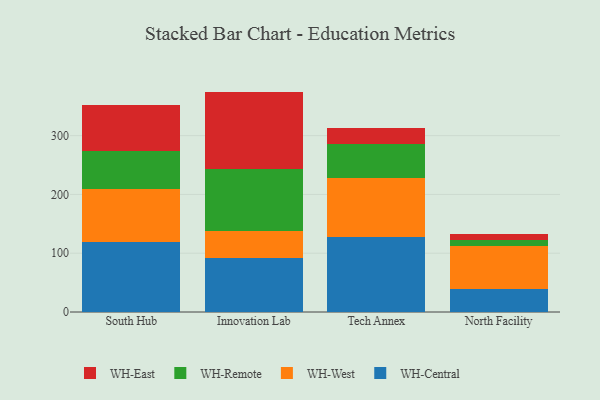
{"axis": {"x": "Campus", "y": "Conversion Rate (%)"}, "legend": ["WH-Central", "WH-East", "WH-Remote", "WH-West"], "data": [{"x": "South Hub", "y": 118.6, "type": "WH-Central"}, {"x": "South Hub", "y": 91.2, "type": "WH-West"}, {"x": "South Hub", "y": 63.8, "type": "WH-Remote"}, {"x": "South Hub", "y": 78.0, "type": "WH-East"}, {"x": "Innovation Lab", "y": 92.5, "type": "WH-Central"}, {"x": "Innovation Lab", "y": 45.2, "type": "WH-West"}, {"x": "Innovation Lab", "y": 105.3, "type": "WH-Remote"}, {"x": "Innovation Lab", "y": 131.9, "type": "WH-East"}, {"x": "Tech Annex", "y": 126.9, "type": "WH-Central"}, {"x": "Tech Annex", "y": 100.3, "type": "WH-West"}, {"x": "Tech Annex", "y": 58.7, "type": "WH-Remote"}, {"x": "Tech Annex", "y": 27.2, "type": "WH-East"}, {"x": "North Facility", "y": 39.0, "type": "WH-Central"}, {"x": "North Facility", "y": 73.7, "type": "WH-West"}, {"x": "North Facility", "y": 10.5, "type": "WH-Remote"}, {"x": "North Facility", "y": 10.0, "type": "WH-East"}]}